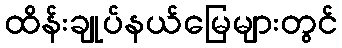
ထိန်းချုပ်နယ်မြေများတွင်